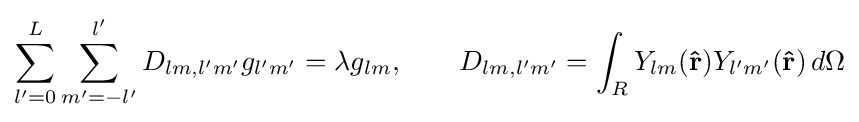
\sum _{l'=0}^{L}\sum _{m'=-l'}^{l'}D_{lm,l'm'}g_{l'm'}=\lambda g_{lm},\qquad D_{lm,l'm'}=\int _{R}Y_{lm}(\mathbf {\hat {r}} )Y_{l'm'}(\mathbf {\hat {r}} )\,d\Omega